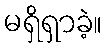
မရှိရှာခဲ့။